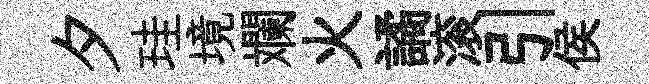
夕珪境斕火譎滚引侯